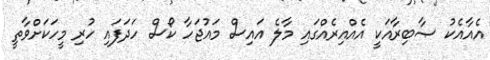
އެއާއެކު ޞާބިރާއަކީ އެއްއިރެއްގައި މާލެ އައިސް މައުޖަހާ ކޯސް ހަދަފައި ހުރި މީހަކަށްވާތީ